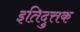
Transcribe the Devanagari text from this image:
इतिदुत्तक